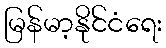
မြန်မာ့နိုင်ငံရေး